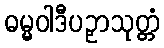
ဓမ္မဝါဒီပဉှာသုတ္တံ